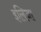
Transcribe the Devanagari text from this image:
इलिज़ा